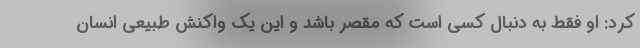
کرد: او فقط به دنبال کسی است که مقصر باشد و این یک واکنش طبیعی انسان